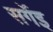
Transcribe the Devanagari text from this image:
सर्गेइ